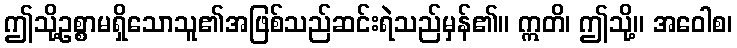
ဤသို့ဥစ္စာမရှိသောသူ၏အဖြစ်သည်ဆင်းရဲသည်မှန်၏။ ဣတိ၊ ဤသို့။ အဝေါစ၊